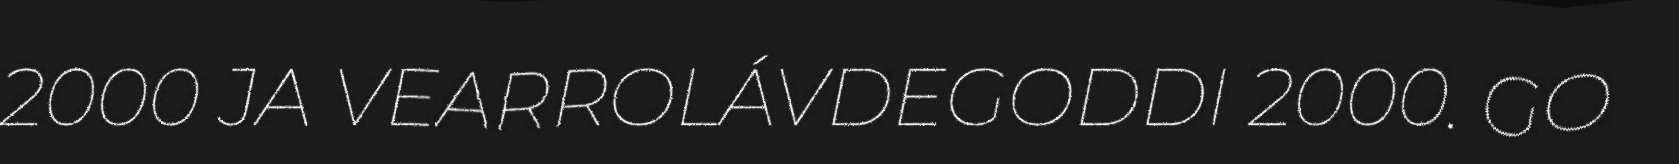
2000 JA VEARROLÁVDEGODDI 2000. GO